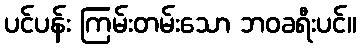
ပင်ပန်း ကြမ်းတမ်းသော ဘဝခရီးပင်။